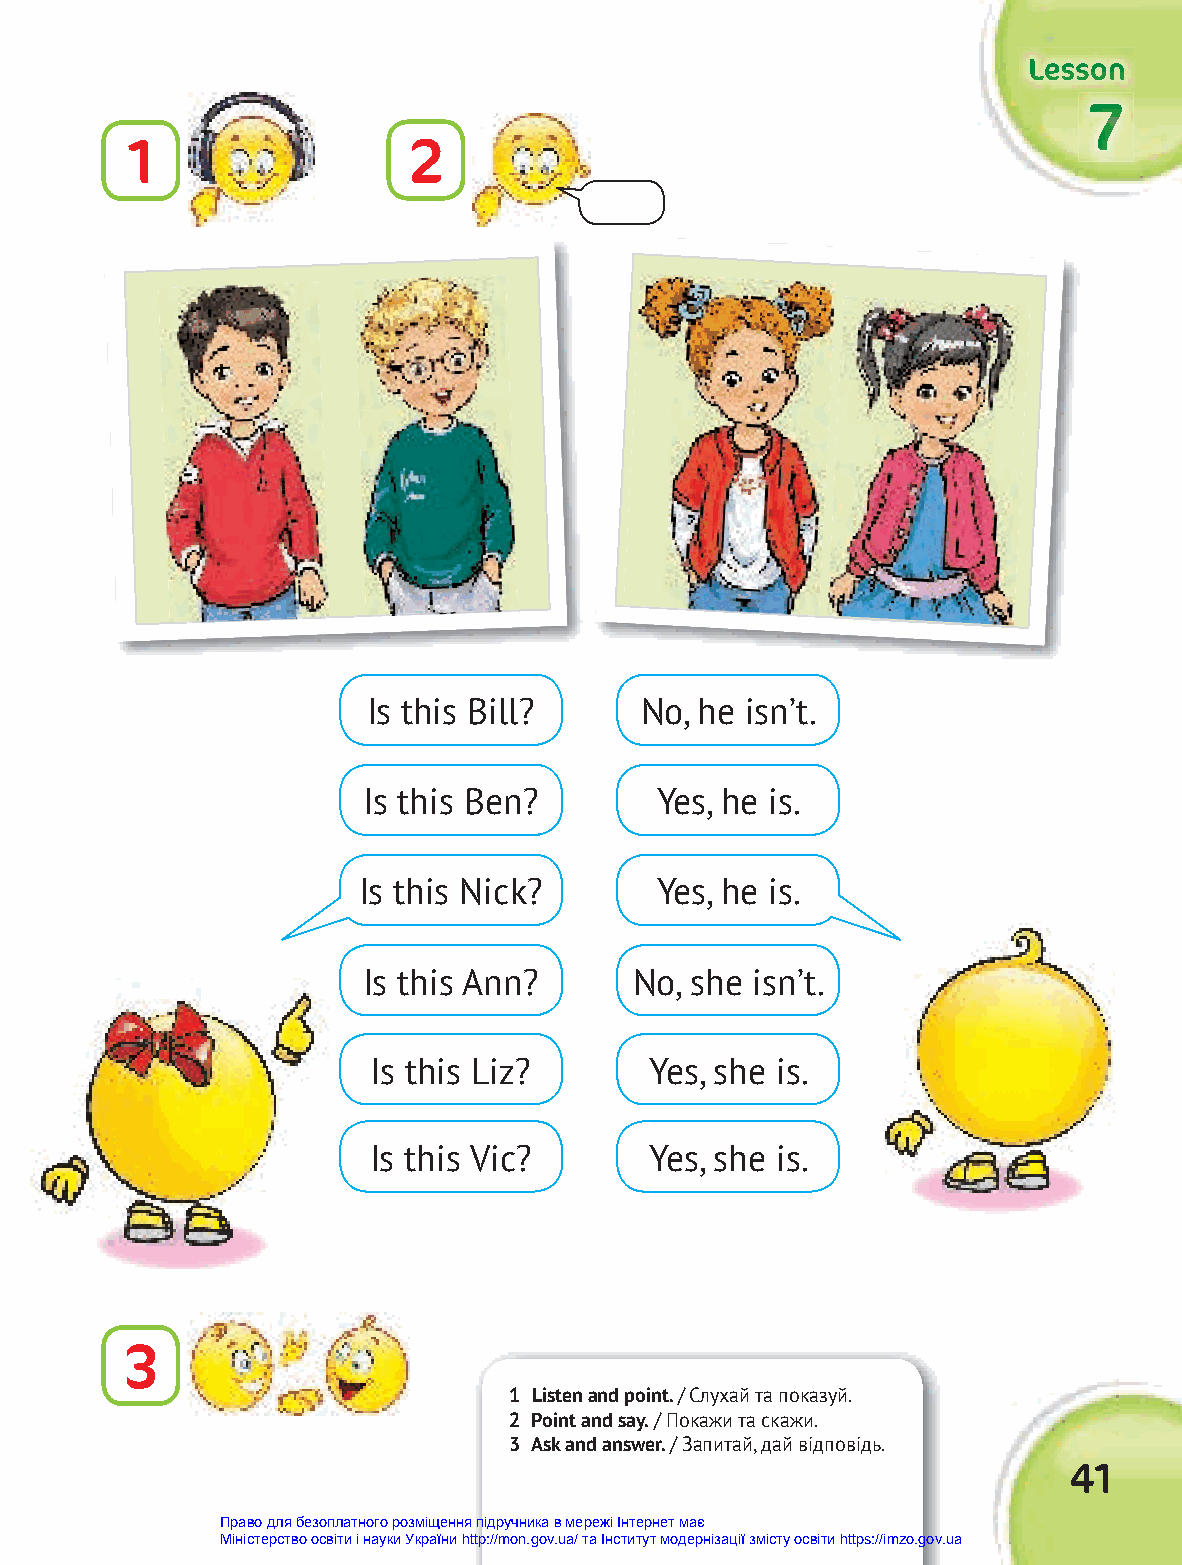
LLLeeessssssooonnn
 777
 1                 2
 Is this Bill?     No, he isn’t.
 Is this Ben?       Yes, he is.
 Is this Nick?      Yes, he is.
 Is this Ann?      No, she isn’t.
 Is this Liz?      Yes, she is.
 Is this Vic?       Yes, she is.
 3
 1 Listen and point. / Слухай та показуй.
 2 Point and say. / Покажи та скажи.
 3 Ask and answer. / Запитай, дай відповідь.
 41
 Право для безоплатного розміщення підручника в мережі Інтернет має
 Міністерство освіти і науки України http://mon.gov.ua/ та Інститут модернізації змісту освіти https://imzo.gov.ua